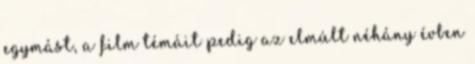
egymást, a film témáit pedig az elmúlt néhány évben